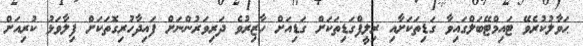
ޙަވާލުކުރެވޭ ޓައިމްޓޭބަލްގައިވާ ގަޑިތަކަށާއި ރިލީފްގަޑިތަކަށް ގަޑިއަށް ހާޒިރުވެ ދަރިވަރުންނަށް ފައިދާހުރިގޮތަކަށް ފިލާވަޅު ކުރިއަށް